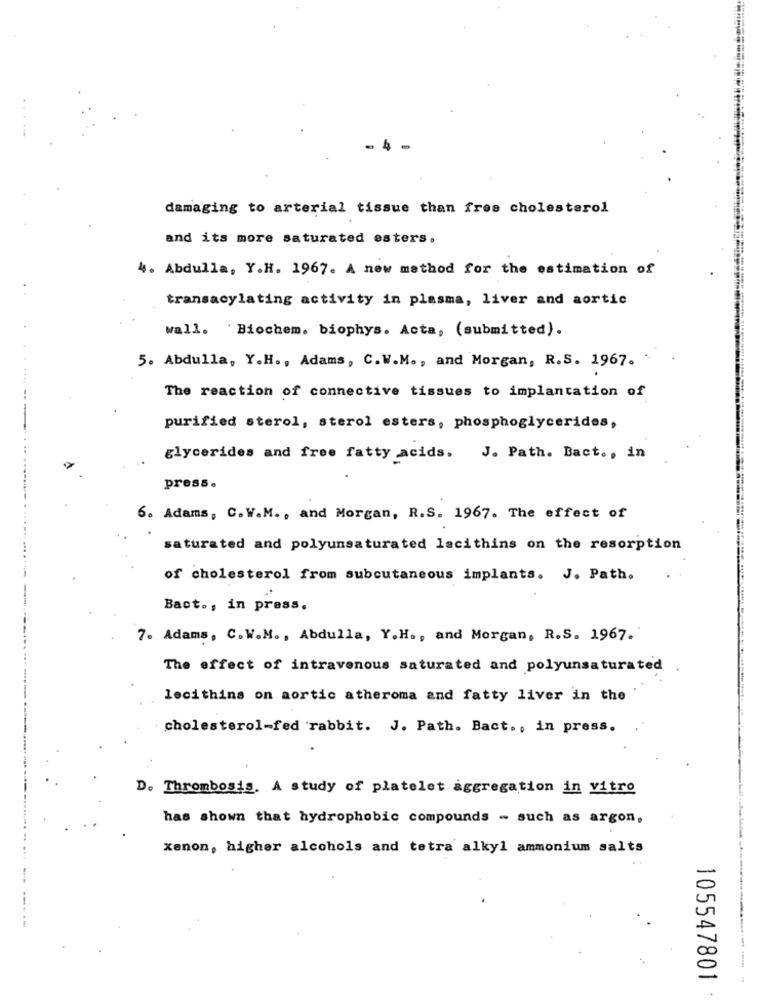
damaging to arterial tissue than free cholesterol
and its more saturated esters.
4. Abdulla, Y.H. 1967. A new method for the estimation of
transacylating activity in plasma, liver and aortic
wall. Biochem. biophys. Acta, (submitted).
5. Abdulla, Y.H ., Adams, C. W.M ., and Morgan, R.S. 1967.
The reaction of connective tissues to implantation of
purified sterol, sterol esters, phosphoglycerides,
glycerides and free fatty acids. J. Path. Bact ., in
-------..
press .
6. Adams, C. W.M ., and Morgan, R.S. 1967. The effect of
saturated and polyunsaturated lecithins on the resorption
of cholesterol from subcutaneous implants. J. Path.
Bact ., in press.
7. Adams, C.W.M ., Abdulla, Y.H ., and Morgan, R.S. 1967.
The effect of intravenous saturated and polyunsaturated
lecithins on aortic atheroma and fatty liver in the
cholesterol-fed rabbit. J. Path. Bact ., in press.
D. Thrombosis. A study of platelet aggregation in vitro
has shown that hydrophobic compounds - such as argon,
xenon, higher alcohols and tetra alkyl ammonium salts
105547801